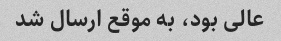
عالی بود، به موقع ارسال شد